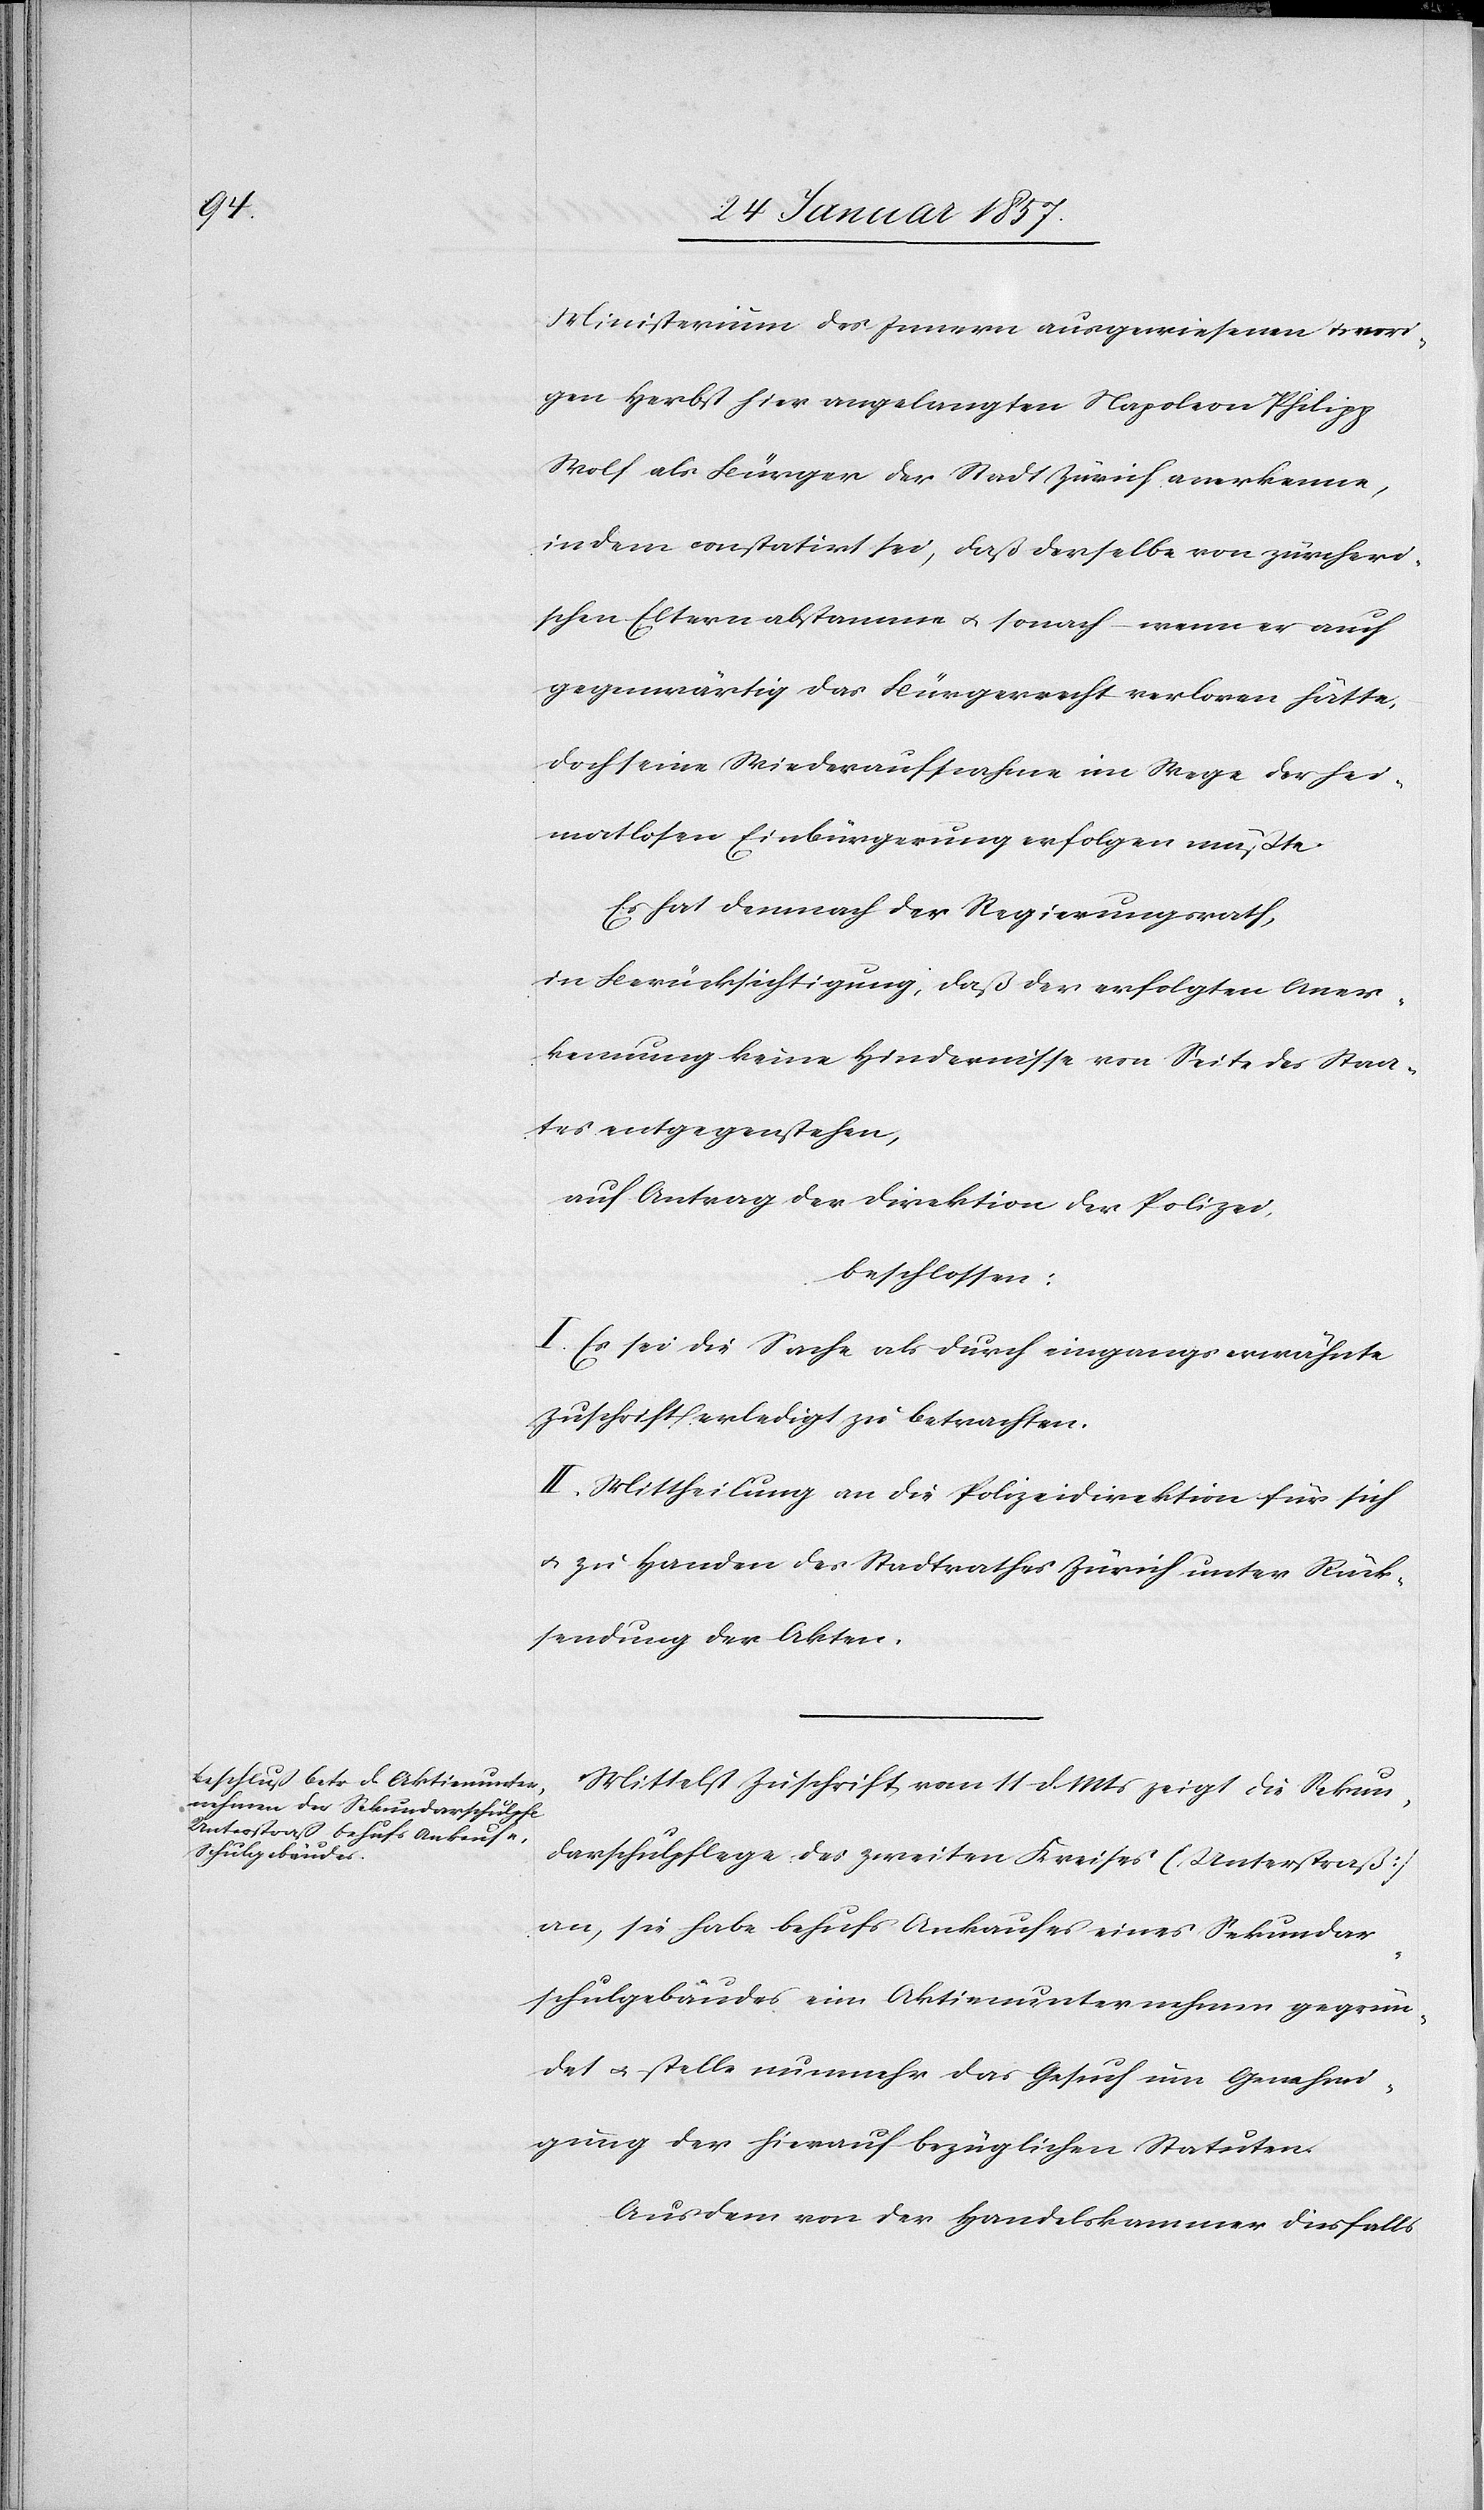
Ministerium des Innern ausgewiesenen u. vori¬
gen Herbst hier angelangten Napoleon Philipp
Wolf als Bürger der Stadt Zürich anerkenne,
indem constatirt sei, daß derselbe von zürcheri¬
schen Eltern abstamme u. sonach – wenn er auch
gegenwärtig das Bürgerrecht verloren hätte,
doch seine Wiederaufnahme im Wege der hei¬
matlosen Einbürgerung erfolgen müßte.
Es hat demnach der Regierungsrath,
in Berücksichtigung, daß der erfolgten Aner¬
kennung keine Hindernisse von Seite des Staa¬
tes entgegenstehen,
auf Antrag der Direktion der Polizei,
beschlossen:
I. Es sei die Sache als durch eingangs erwähnte
Zuschrift erledigt zu betrachten.
II. Mittheilung an die Polizeidirektion für sich
u. zu Handen des Stadtrathes Zürich unter Rück¬
sendung der Akten.
Mittelst Zuschrift vom 11 d. Mts zeigt die Sekun¬
darschulpflege des zweiten Kreises [Unterstraß]
an, sie habe behufs Ankaufes eines Sekundar¬
schulgebäudes ein Aktienunternehmen gegrün¬
det u. stelle nunmehr das Gesuch um Genehmi¬
gung der hierauf bezüglichen Statuten.
Aus dem von der Handelskammer diesfalls